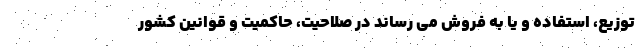
توزیع، استفاده و یا به فروش می رساند در صلاحیت، حاکمیت و قوانین کشور